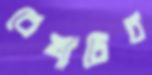
রেখাটির